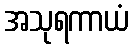
အသုရကာယံ